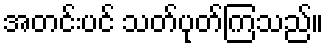
အတင်းပင် သတ်ပုတ်ကြသည်။